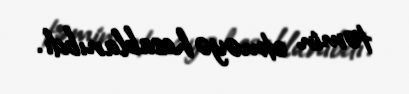
təmin etməyə hesablanıbdı.